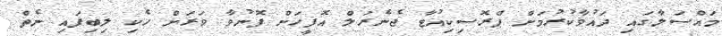
މައްސަލާގައި ދައުވާކުރުމަށް ޕްރޮސިކިއުޓާ ޖެނެރަލް އޮފީހަށް ފޮނުވާ ވަރަށް ހެކި ލިބިފައި ނެތް